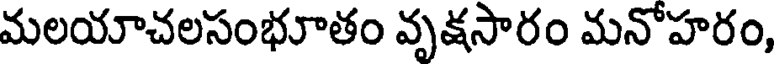
మలయాచలసంభూతం వృక్షసారం మనోహరం,